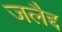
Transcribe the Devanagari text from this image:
जलैद्द